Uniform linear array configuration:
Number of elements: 48
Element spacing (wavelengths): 0.5
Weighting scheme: hamming
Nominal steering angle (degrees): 15
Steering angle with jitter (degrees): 16.992
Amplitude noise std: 0.05
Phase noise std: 0.05

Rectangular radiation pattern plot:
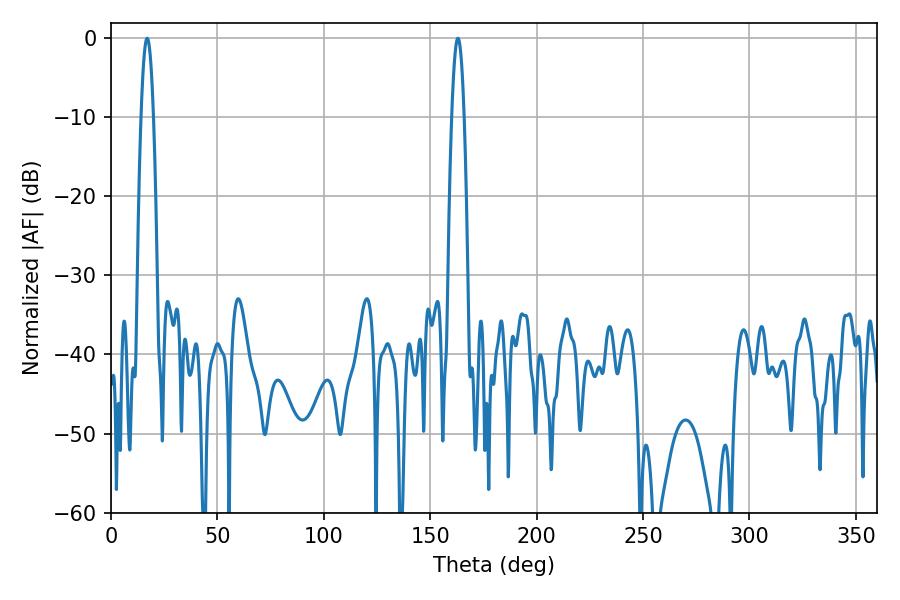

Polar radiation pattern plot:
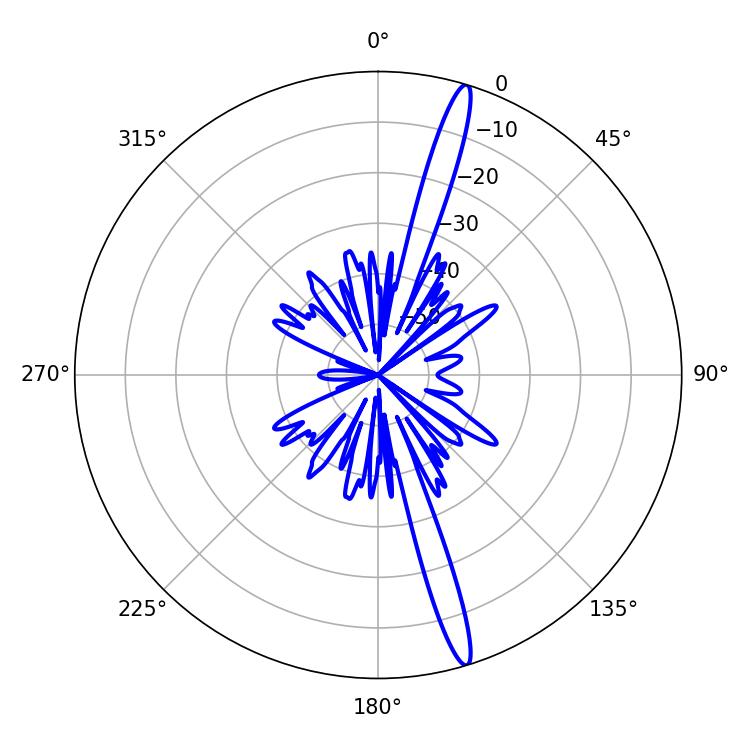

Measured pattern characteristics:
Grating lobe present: FALSE
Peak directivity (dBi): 17.483
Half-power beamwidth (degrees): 3.06
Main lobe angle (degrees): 16.92